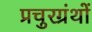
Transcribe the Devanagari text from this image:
प्रचुरग्रंथों